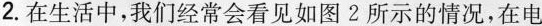
2. 在生活中，我们经常会看见如图 2 所示的情况，在电